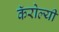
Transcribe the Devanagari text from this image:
कॅरोल्यी